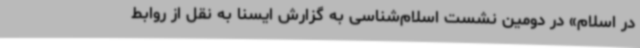
در اسلام» در دومین نشست اسلام‌شناسی به گزارش ایسنا به نقل از روابط